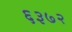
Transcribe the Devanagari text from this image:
६३७२